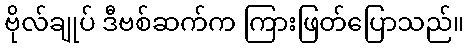
ဗိုလ်ချုပ် ဒီဗစ်ဆက်က ကြားဖြတ်ပြောသည်။